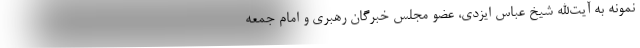
نمونه به آیت‌الله شیخ عباس ایزدی، عضو مجلس خبرگان رهبری و امام جمعه